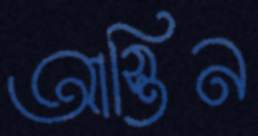
আস্তিন